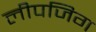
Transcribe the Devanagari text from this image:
लीपजिग